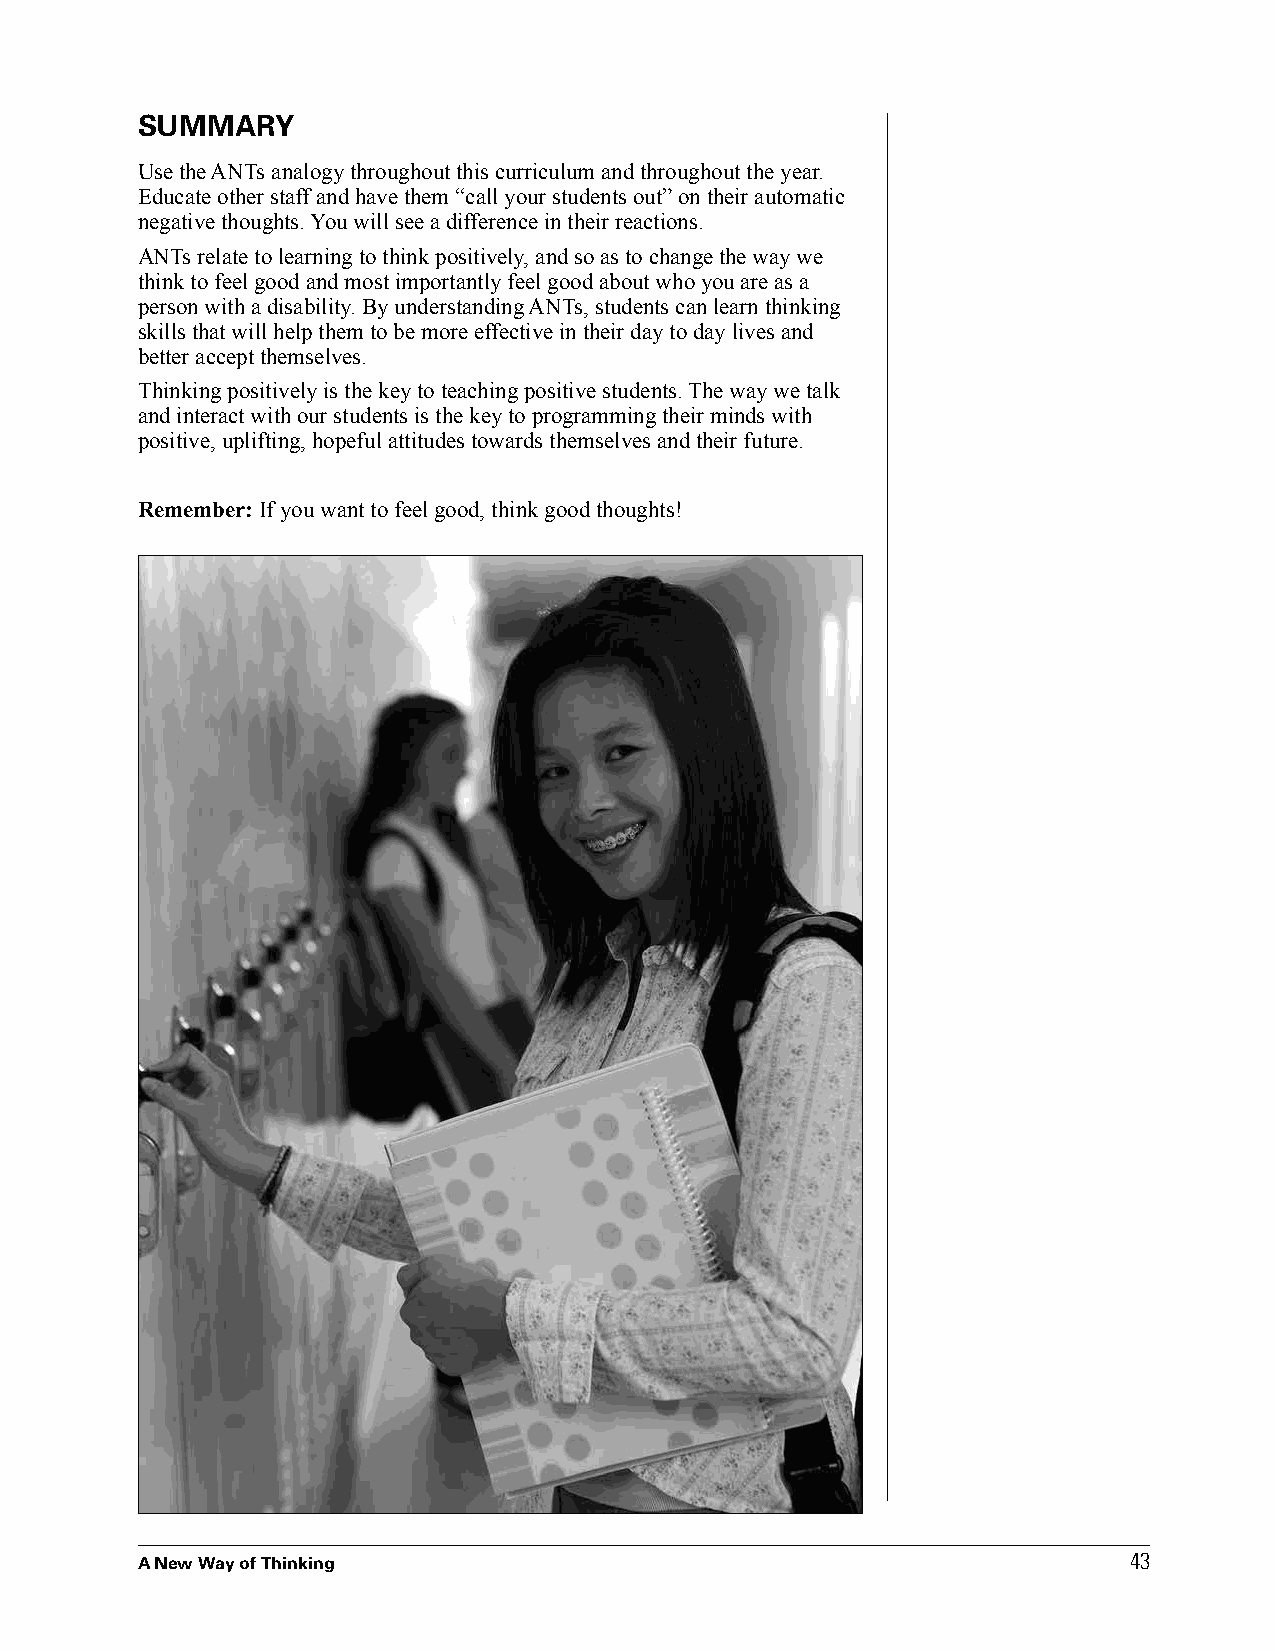
SUMMARY
 Use the ANTs analogy throughout this curriculum and throughout the year.
 Educate other staff and have them “call your students out” on their automatic
 negative thoughts. You will see a difference in their reactions.
 ANTs relate to learning to think positively, and so as to change the way we
 think to feel good and most importantly feel good about who you are as a
 person with a disability. By understanding ANTs, students can learn thinking
 skills that will help them to be more effective in their day to day lives and
 better accept themselves.
 Thinking positively is the key to teaching positive students. The way we talk
 and interact with our students is the key to programming their minds with
 positive, uplifting, hopeful attitudes towards themselves and their future.
 Remember: If you want to feel good, think good thoughts!
 43
 A New Way of Thinking